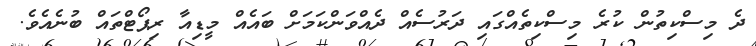
ދެ މިސްކިތުން ކުރެ މިސްކިތެއްގައި ދަރުސެއް ދެއްވަންކަމަށް ބައެއް މީޑިއާ ރިޕޯޓްތައް ބުނެއެވެ.